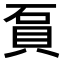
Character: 𧵔